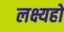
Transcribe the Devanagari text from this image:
लक्ष्यहो